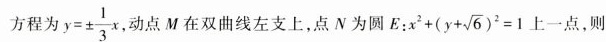
方程为$$y= ± \frac { 1 } { 3 } x $$ 点M在双曲线左支上，点N为圆E： $$E : x ^ { 2 } + ( y + \sqrt { 6 } ) ^ { 2 } = 1$$ 上一点，则